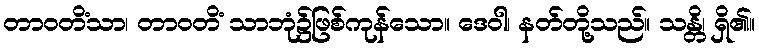
တာဝတိံသာ၊ တာဝတိံ သာဘုံ၌ဖြစ်ကုန်သော။ ဒေဝါ၊ နတ်တို့သည်။ သန္တိ၊ ရှိ၏။